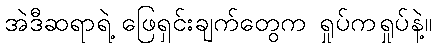
အဲဒီဆရာရဲ့ ဖြေရှင်းချက်တွေက ရှုပ်ကရှုပ်နဲ့။